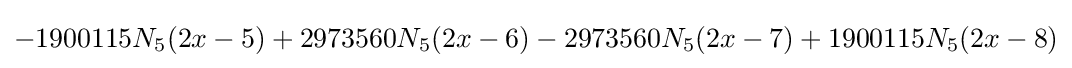
-1900115N_{5}(2x-5)+2973560N_{5}(2x-6)-2973560N_{5}(2x-7)+1900115N_{5}(2x-8)